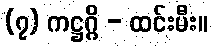
(၇) ကဋ္ဌဂ္ဂိ - ထင်းမီး။